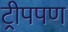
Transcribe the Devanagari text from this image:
ट्रीपपण